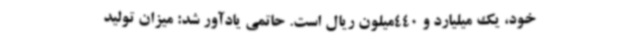
خود، یک میلیارد و 440میلون ریال است. حاتمی یادآور شد: میزان تولید